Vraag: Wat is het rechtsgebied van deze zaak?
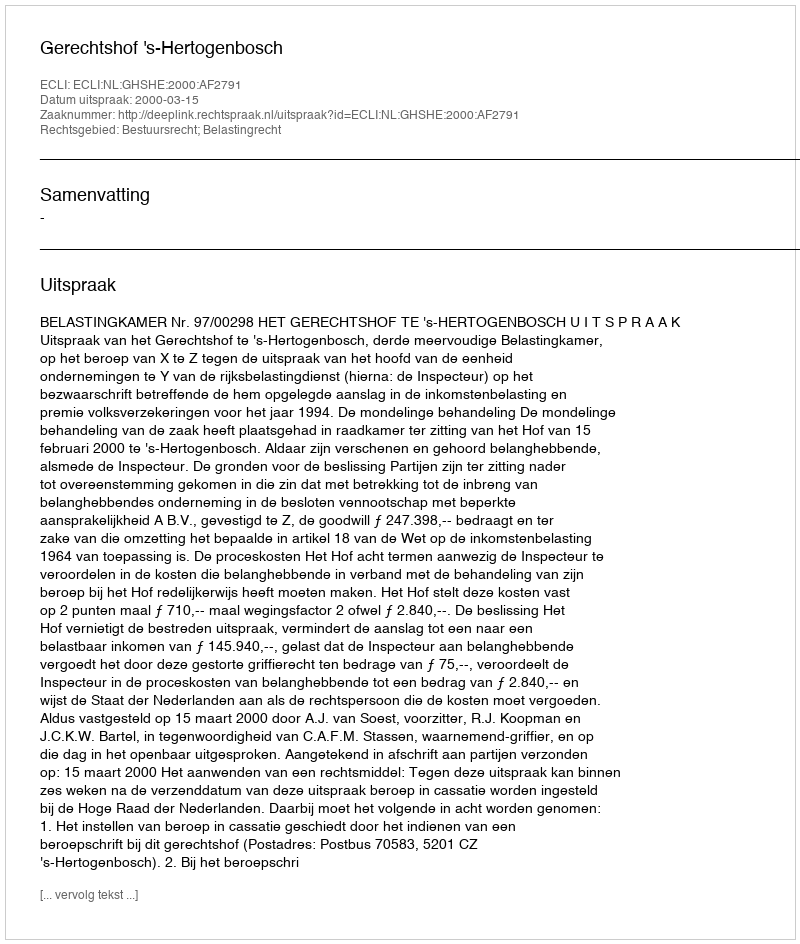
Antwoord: Bestuursrecht; Belastingrecht